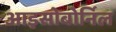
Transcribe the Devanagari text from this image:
आइसोबोर्निल